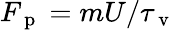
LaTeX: F_{\mathrm{~p~}}=mU/\tau_{\mathrm{~v~}}